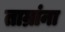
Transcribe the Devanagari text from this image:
ताम्रांना